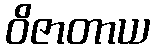
ဝိဇာတာယ